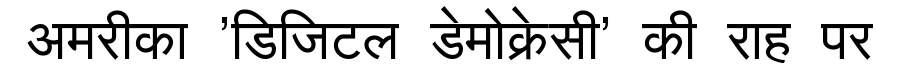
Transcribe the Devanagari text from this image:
अमरीका 'डिजिटल डेमोक्रेसी' की राह पर